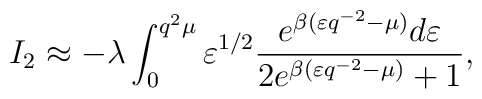
I_{2}\approx -\lambda\int_{0}^{q^{2}\mu}\varepsilon^{1/2}\frac{e^{\beta(\varepsilon q^{-2}-\mu)}d\varepsilon}{2 e^{\beta(\varepsilon q^{-2}-\mu)}+1},